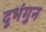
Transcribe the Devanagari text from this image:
दुभंगुन